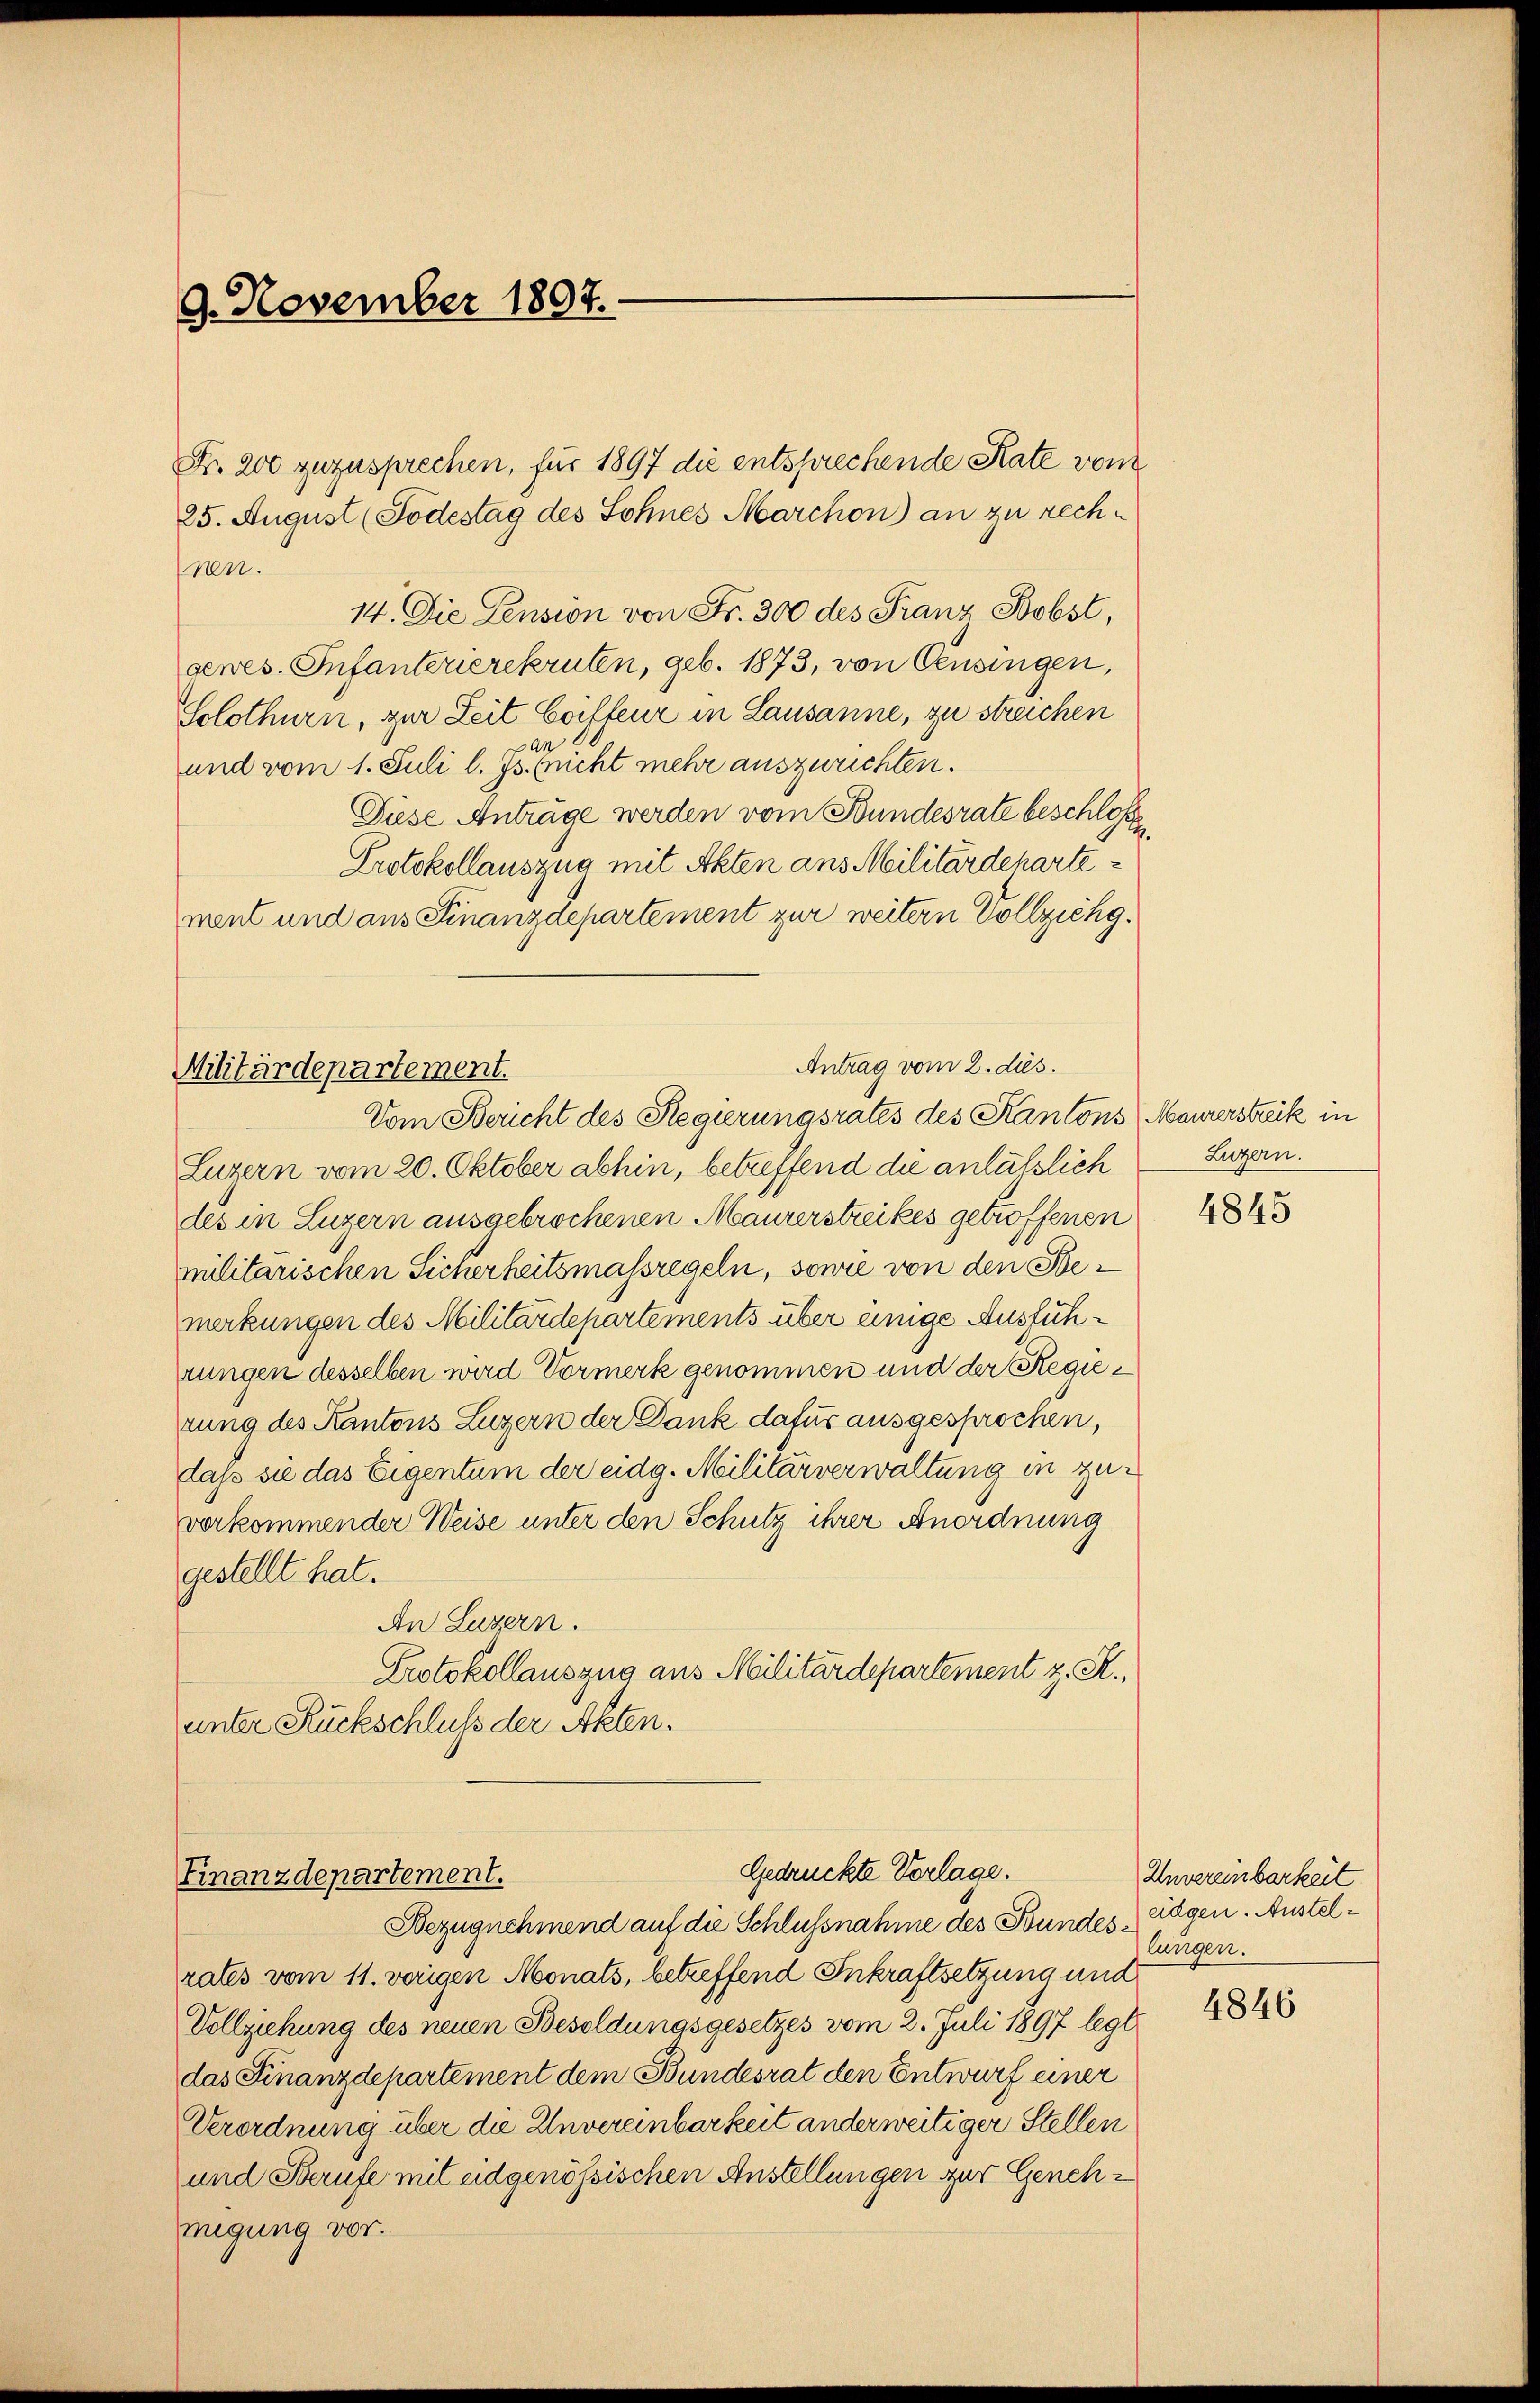
9. November 1807.

Antrag vom 2. dies.
Militärdepartement.
Vom Bericht des Regierungsrates des Kantons

Fr. 200 zuzusprechen, für 1897 die entsprechende Rate vom
25. August (Todestag des Sohnes Marchon) an zu rechren.
14. Die Lension von Fr. 300 des Franz Bobst,
gewes. Infanterierekruten, geb. 1873, von Censingen,
Solothurn, zur Zeit Coiffeur in Lausanne, zu streichen
und vom 1. Juli l. Js. sucht mehr auszurichten.
Diese Anträge werden vom Bundesrate beschloß
Protokollauszug mit Akten ans Militärdepartement und aus Finanzdepartement zur weitern Vollziehg.
Luzern vom 20. Oktober abhin, betreffend die anlässlich
des in Luzern ausgebrochenen Maurerstreikes getroffenen
militarischen Sicherheitsmassregeln, sowie von den Bemerkungen des Militärdepartements über einige Ausfühtungen desselben wird Vormerk genommen und der Regietung des Kantons Luzern der Dank dafür ausgesprochen,
dass sie das Eigentum der eidg. Militärverwaltung in zuverkommender Weise unter den Schutz ihrer Anordnung
gestellt hat.
An Luzern.
Protokollauszug aus Militärdepartement z. R.,
unter Rückschluss der Akten.

Gedrückte Vorlage.
Finanzdepartement.
Bezugnehmend auf die Schlussnahme des Bundes¬

rates vom 11. vorigen Monats, betreffend Inkraftsetzung und
Vollziehung des neuen Besoldungsgesetzes vom 2. Juli 1897 legt
das Finanzdepartement dem Bundesrat den Entwurf einer
Verordnung über die Unvereinbarkeit anderweitiger Stellen
und Berufe mit eidgenössischen Anstellungen zur Genehmigung vor.

Maurerstreik in
Luzern.

4845

Unvereinbarkeit
eidgen. Austellungen.

4846